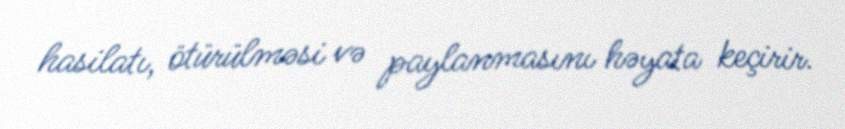
hasilatı, ötürülməsi və paylanmasını həyata keçirir.